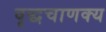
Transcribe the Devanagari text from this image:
वृद्धचाणक्य